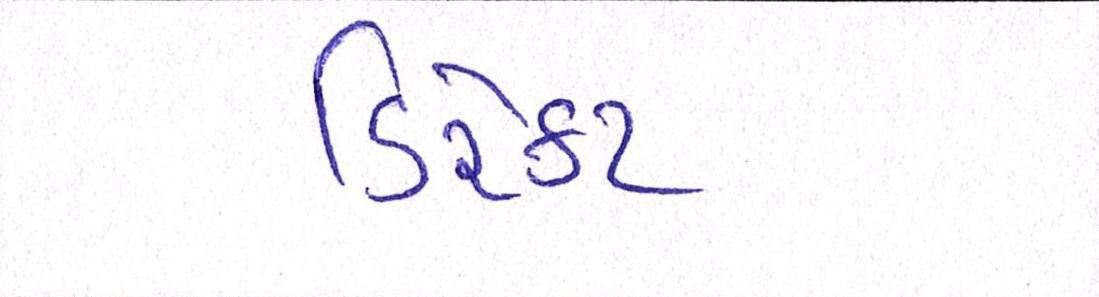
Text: ડિરેક્ટર્સની